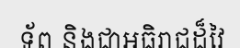
ទ័ព និងជាអធិរាជដ៏វៃ